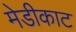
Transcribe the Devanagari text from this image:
मेडीकाट